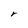
Character: r